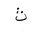
Letter: _tha